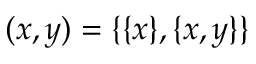
( x , y ) = \{ \{ x \} , \{ x , y \} \}